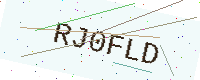
Text: RJ0FLD